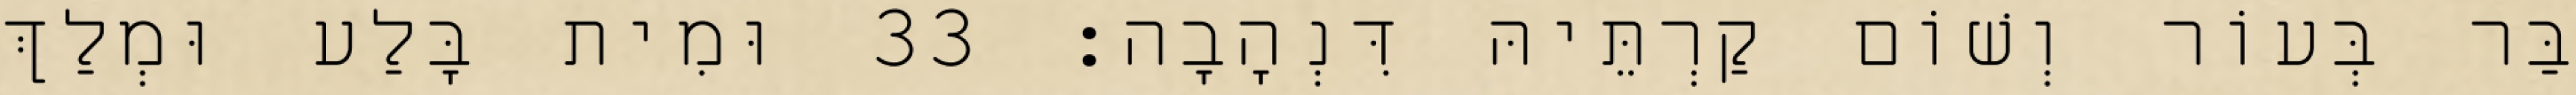
בַּר בְּעוֹר וְשׁוֹם קַרְתֵּיהּ דִּנְהָבָה׃ 33 וּמִית בָּלַע וּמְלַךְ